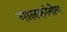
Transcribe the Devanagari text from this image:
मालकांनीच